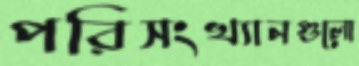
পরিসংখ্যানগুলো